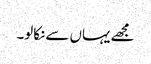
مجھے یہاں سے نکالو۔